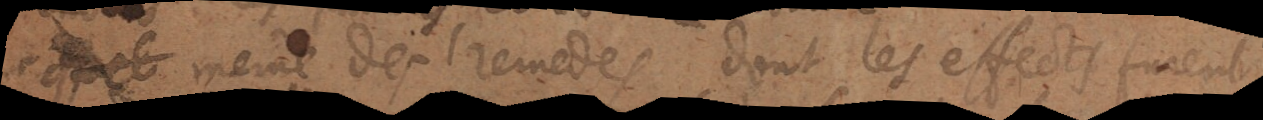
quel même des remedes dont les effects furent